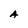
Character: A